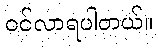
ဝင်လာရပါတယ်။